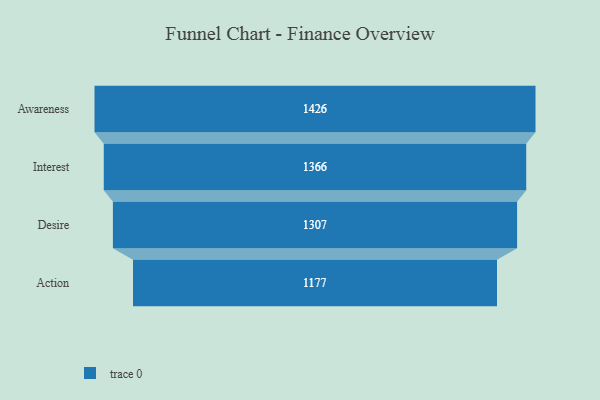
{"axis": {"x": "Stage", "y": "Value"}, "legend": [""], "data": [{"x": "Awareness", "y": 1426.0, "type": ""}, {"x": "Interest", "y": 1366.0, "type": ""}, {"x": "Desire", "y": 1307.0, "type": ""}, {"x": "Action", "y": 1177.0, "type": ""}]}